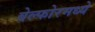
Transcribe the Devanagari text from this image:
बेल्फोरमध्ये